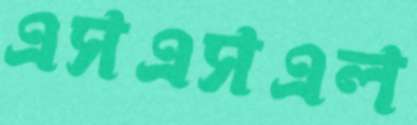
এসএসএল